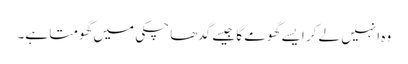
وہ انہیں لے کر ایسے گھومے گا جیسے گدھا چکی میں گھومتا ہے۔